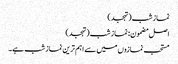
نماز شب (تہجد)
اصل مضمون: نماز شب (تہجد)
مستحب نمازوں میں سے اہم ترین نماز شب ہے۔